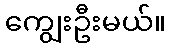
ကျွေးဦးမယ်။